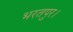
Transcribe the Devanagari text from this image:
भरतपुर।